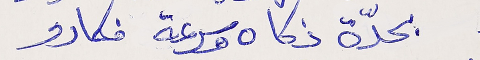
بحدّة ذكاه وسرعة فكارو